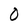
Character: 0